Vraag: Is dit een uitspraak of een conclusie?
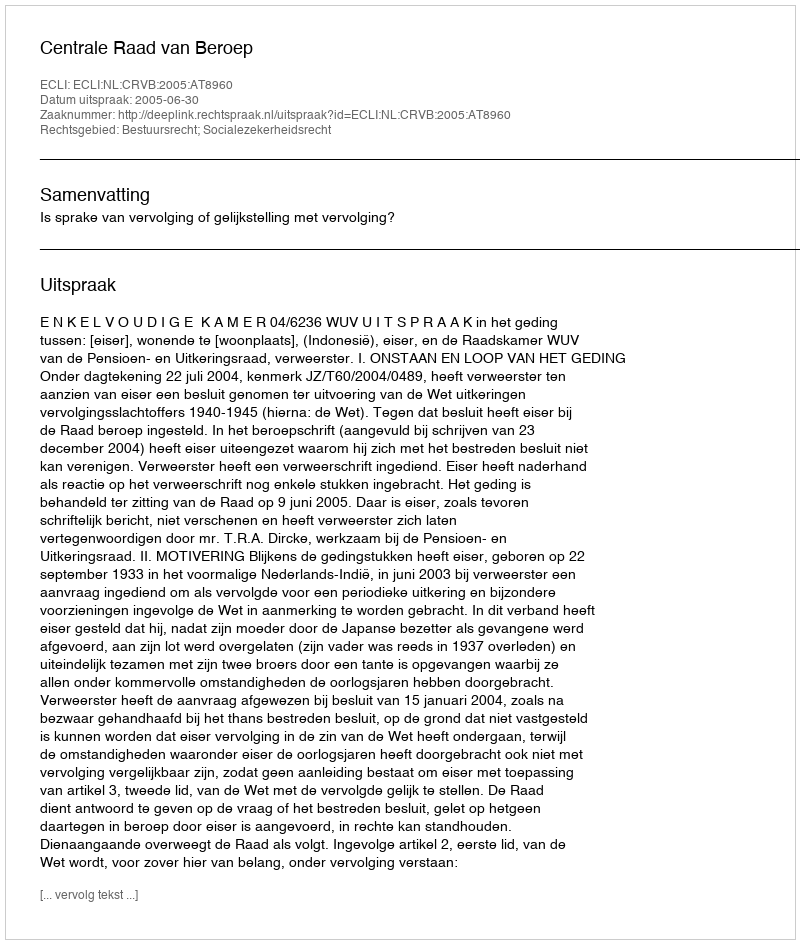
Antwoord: Uitspraak